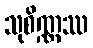
သုစိဏ္ဏဿ